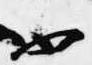
不